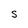
Character: S